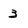
Character: 3